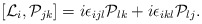
\begin{align*}[{\cal L}_i,{\cal P}_{jk}]=i{\epsilon}_{ijl}{\cal P}_{lk}+i{\epsilon}_{ikl}{\cal P}_{lj}.\end{align*}